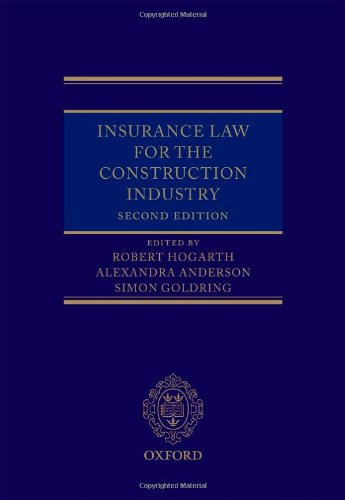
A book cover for Insurance Law for the Construction Industry; Robert Hogarth; Law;